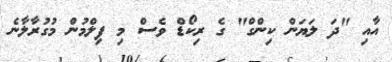
އާއި "ދަ ލަޔަން ކިންގް" ގެ ރިކޯޑް ވެސް މި ފިލްމުން މުގުރާލާނެ